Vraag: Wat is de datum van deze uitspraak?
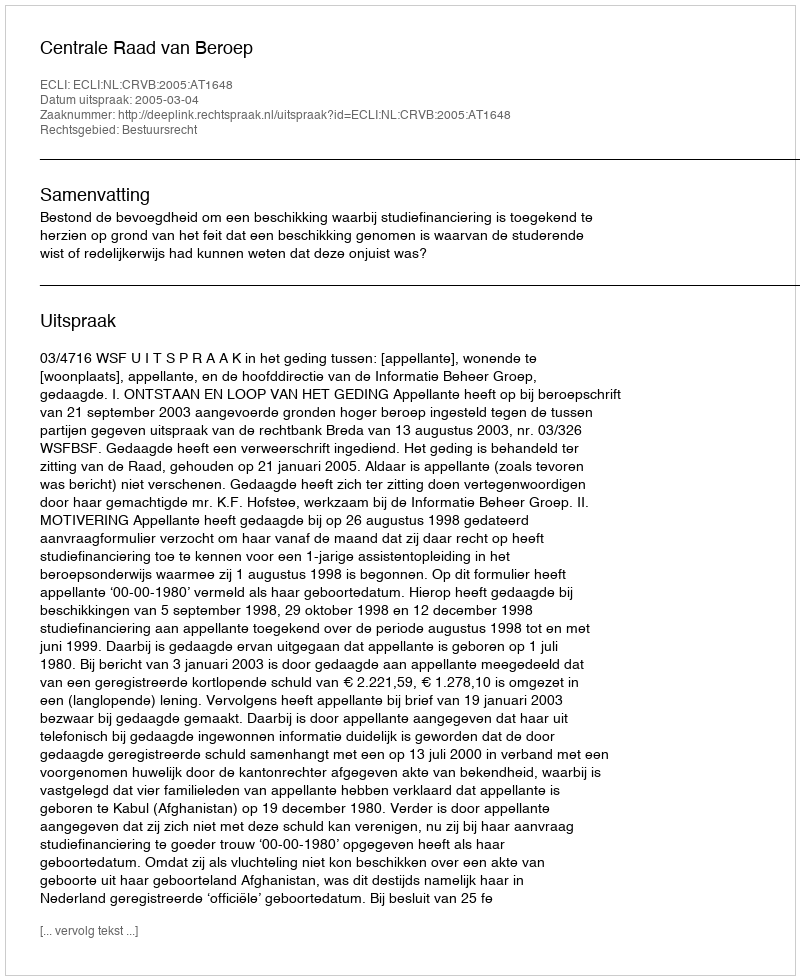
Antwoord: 2005-03-04